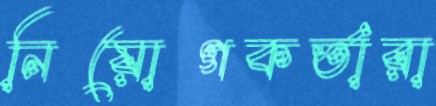
নিয়োগকর্তারা